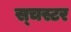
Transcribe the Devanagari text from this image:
स्चस्टर